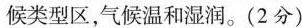
候类型区，气候温和湿润。